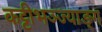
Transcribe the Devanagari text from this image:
कट्टीभञ्ज्याङ्ग